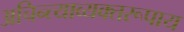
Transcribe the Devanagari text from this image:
अचिन्त्याव्यक्तरूपाय